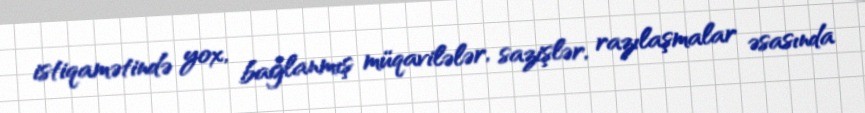
istiqamətində yox, bağlanmış müqavilələr, sazişlər, razılaşmalar əsasında